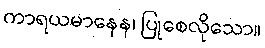
ကာရယမာနေန၊ ပြုစေလိုသော။